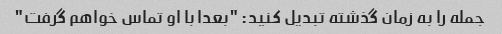
جمله را به زمان گذشته تبدیل کنید: "بعدا با او تماس خواهم گرفت"